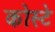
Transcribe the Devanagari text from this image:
कोस्टे